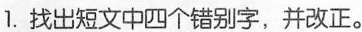
1.找出短文中四个错别字，并改正。